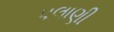
પલાણી